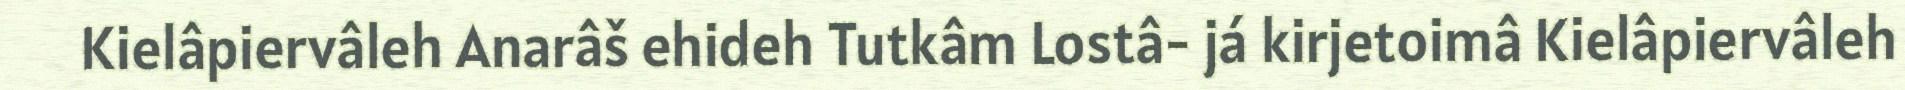
Kielâpiervâleh Anarâš ehideh Tutkâm Lostâ- já kirjetoimâ Kielâpiervâleh